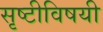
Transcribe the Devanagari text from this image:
सृष्टीविषयी